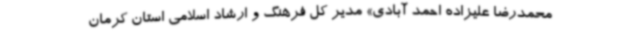
محمدرضا علیزاده احمد آبادی» مدیر کل فرهنگ و ارشاد اسلامی استان کرمان